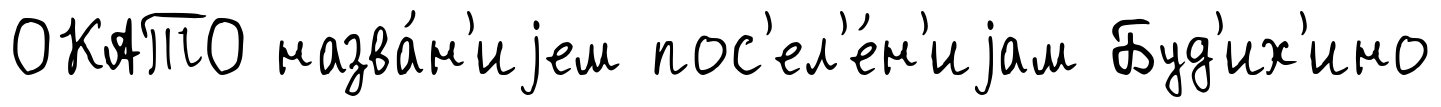
ОКАТО назва́н'иjем пос'ел'е́н'иjам Буд'их'ино